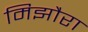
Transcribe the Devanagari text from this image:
मिझौरा